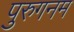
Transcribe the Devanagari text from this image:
पुरुगनम